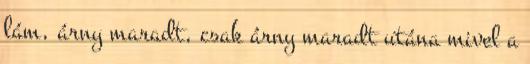
lám, árny maradt, csak árny maradt utána mivel a